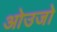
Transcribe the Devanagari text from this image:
ओउजो